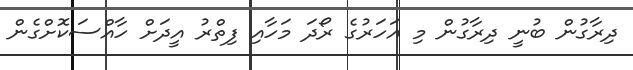
ދިރާގުން ބުނީ ދިރާގުން މި އަހަރުގެ ރޯދަ މަހާއި ފިތްރު އީދަށް ހާއްސަކޮށްގެން